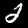
Digit: 2